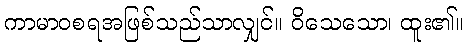
ကာမာဝစရအဖြစ်သည်သာလျှင်။ ဝိသေသော၊ ထူး၏။